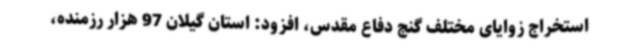
استخراج زوایای مختلف گنج دفاع مقدس، افزود: استان گیلان 97 هزار رزمنده،